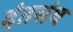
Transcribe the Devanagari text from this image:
दंतसंघ